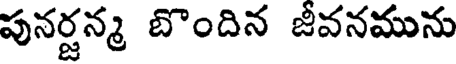
పునర్జన్మ బొందిన జీవనమును